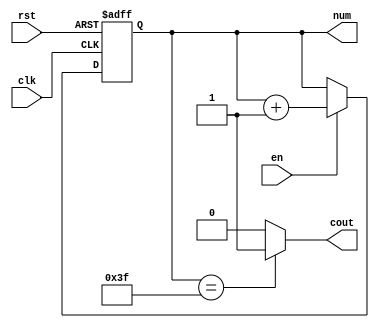
module count64(clk, rst, en, cout, num);

	input clk, rst, en;
	output cout;
	output reg [5:0] num;

	always @(posedge clk or posedge rst) begin
		if (rst)
			num <= 6'b000000;
		else if (en)
			num <= num+1;
	end

	assign cout = (num == 6'b111111) ? 1'b1 : 1'b0;
	
endmodule